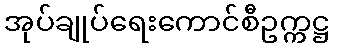
အုပ်ချုပ်ရေးကောင်စီဥက္ကဋ္ဌ